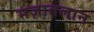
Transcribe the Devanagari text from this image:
मज़ातलान